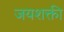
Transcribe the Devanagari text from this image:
जयशक्ती